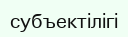
субъектілігі